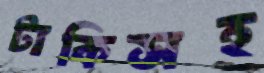
টাকিসহ